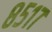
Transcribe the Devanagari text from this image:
८५१७